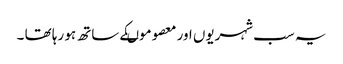
یہ سب شہریوں اور معصوموںکے ساتھ ہو رہا تھا ۔